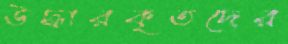
উদ্ধারকৃতদের